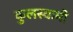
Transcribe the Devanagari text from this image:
कुुलस्वामी